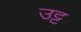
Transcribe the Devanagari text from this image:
उट्ट